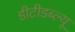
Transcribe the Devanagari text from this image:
डीटीडब्ल्यू